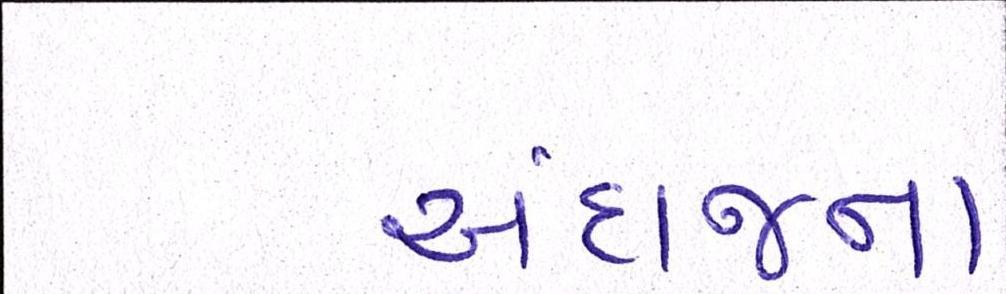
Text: અંદાજના